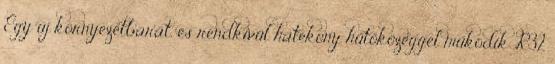
Egy új környezetbarát, és rendkívül hatékony hűtőközeggel működik R32